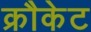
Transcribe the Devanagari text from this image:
क्रौकेट